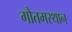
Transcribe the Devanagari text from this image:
गौतमस्थान